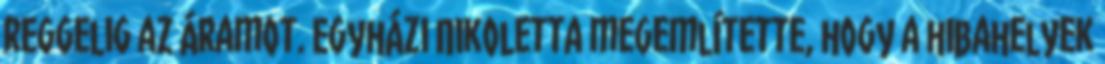
reggelig az áramot. Egyházi Nikoletta megemlítette, hogy a hibahelyek